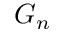
G _ { n }